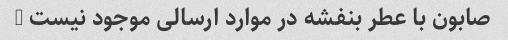
صابون با عطر بنفشه در موارد ارسالی موجود نیست …